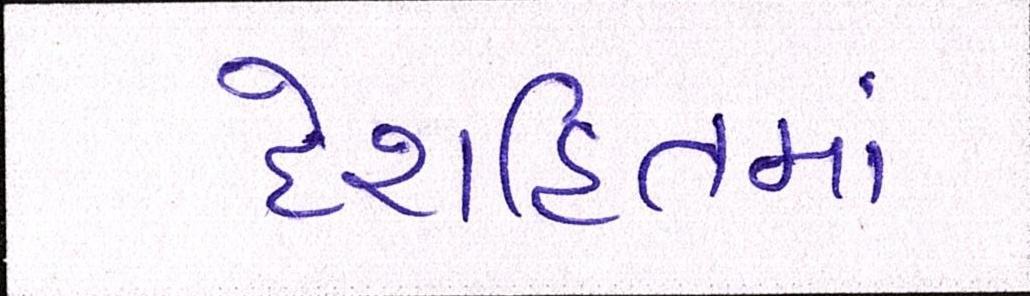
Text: દેશહિતમાં